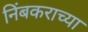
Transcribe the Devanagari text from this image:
निंबकराच्या